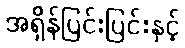
အရှိန်ပြင်းပြင်းနှင့်